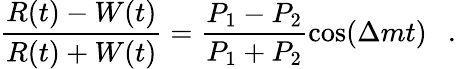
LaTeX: \frac{R(t)-W(t)}{R(t)+W(t)}=\frac{P_{1}-P_{2}}{P_{1}+P_{2}}\cos(\Delta mt)~~~.